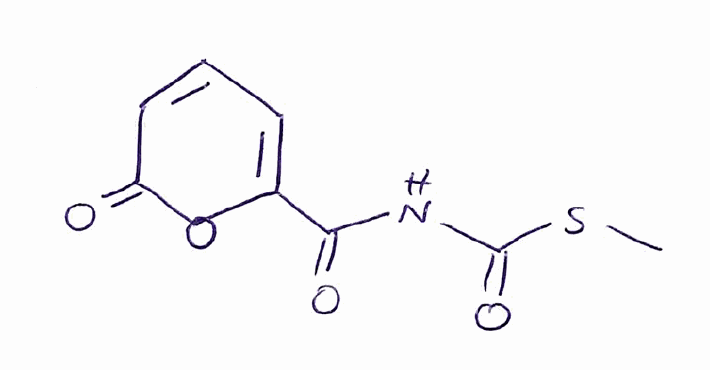
Simplified molecular-input line-entry system (SMILES) notation of the given molecule:
CSC(=O)NC(=O)C1=CC=CC(=O)O1